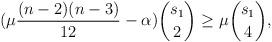
LaTeX: \begin{align*}(\mu \dfrac{(n-2)(n-3)}{12}-\alpha )\binom{s_1}{2} \geq \mu \binom{s_1}{4},\end{align*}